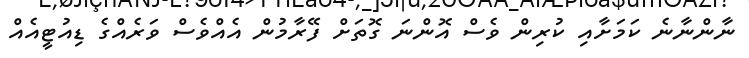
ނާންނާނެ ކަމަށާއި ކުރިން ވެސް އޮންނަ ގޮތަށް ފޭރާމުން އެއްވެސް ވަރެއްގެ ޑިއުޓީއެއް